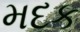
મદક